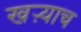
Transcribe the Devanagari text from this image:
खऱ्याच